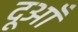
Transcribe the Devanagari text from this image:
दूआँ